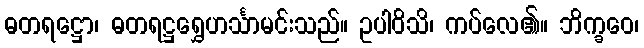
ဓတရဋ္ဌော၊ ဓတရဋ္ဌရွှေဟင်္သာမင်းသည်။ ဥပါဝိသိ၊ ကပ်လေ၏။ ဘိက္ခဝေ၊